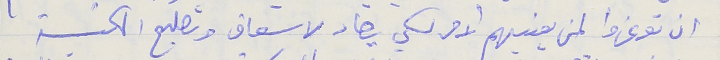
ان توعزوا لمن يعنيهم الامر لكي يصار لاسعاف وتصليح الكنيسة